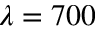
\lambda = 7 0 0